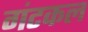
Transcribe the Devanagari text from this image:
गंटकल